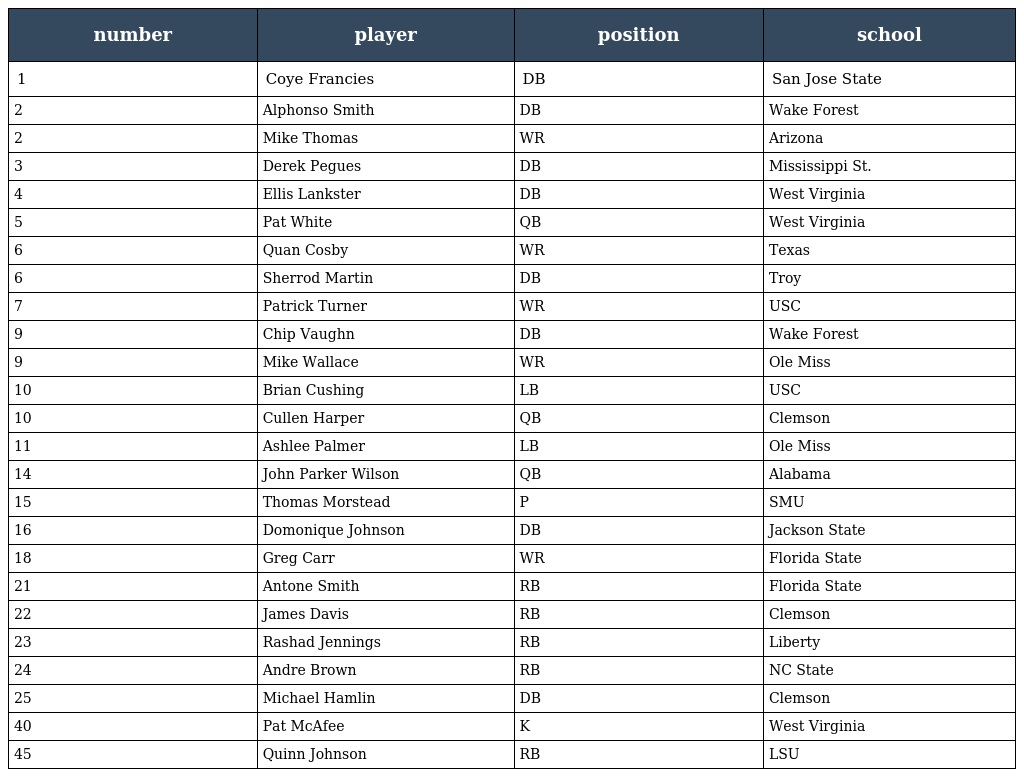
| number | player | position | school |
 | --- | --- | --- | --- |
 | 1 | Coye Francies | DB | San Jose State |
 | 2 | Alphonso Smith | DB | Wake Forest |
 | 2 | Mike Thomas | WR | Arizona |
 | 3 | Derek Pegues | DB | Mississippi St. |
 | 4 | Ellis Lankster | DB | West Virginia |
 | 5 | Pat White | QB | West Virginia |
 | 6 | Quan Cosby | WR | Texas |
 | 6 | Sherrod Martin | DB | Troy |
 | 7 | Patrick Turner | WR | USC |
 | 9 | Chip Vaughn | DB | Wake Forest |
 | 9 | Mike Wallace | WR | Ole Miss |
 | 10 | Brian Cushing | LB | USC |
 | 10 | Cullen Harper | QB | Clemson |
 | 11 | Ashlee Palmer | LB | Ole Miss |
 | 14 | John Parker Wilson | QB | Alabama |
 | 15 | Thomas Morstead | P | SMU |
 | 16 | Domonique Johnson | DB | Jackson State |
 | 18 | Greg Carr | WR | Florida State |
 | 21 | Antone Smith | RB | Florida State |
 | 22 | James Davis | RB | Clemson |
 | 23 | Rashad Jennings | RB | Liberty |
 | 24 | Andre Brown | RB | NC State |
 | 25 | Michael Hamlin | DB | Clemson |
 | 40 | Pat McAfee | K | West Virginia |
 | 45 | Quinn Johnson | RB | LSU |